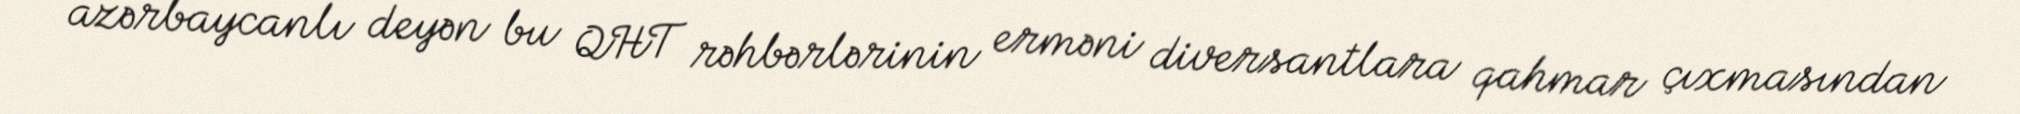
azərbaycanlı deyən bu QHT rəhbərlərinin erməni diversantlara qahmar çıxmasından